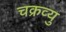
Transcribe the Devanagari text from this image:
चक्रव्यु